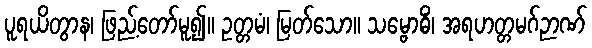
ပူရယိတွာန၊ ဖြည့်တော်မူ၍။ ဥတ္တမံ၊ မြတ်သော။ သမ္ဗောဓိံ၊ အရဟတ္တမဂ်ဉာဏ်